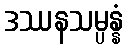
ဒဿနသမ္ပန္နံ